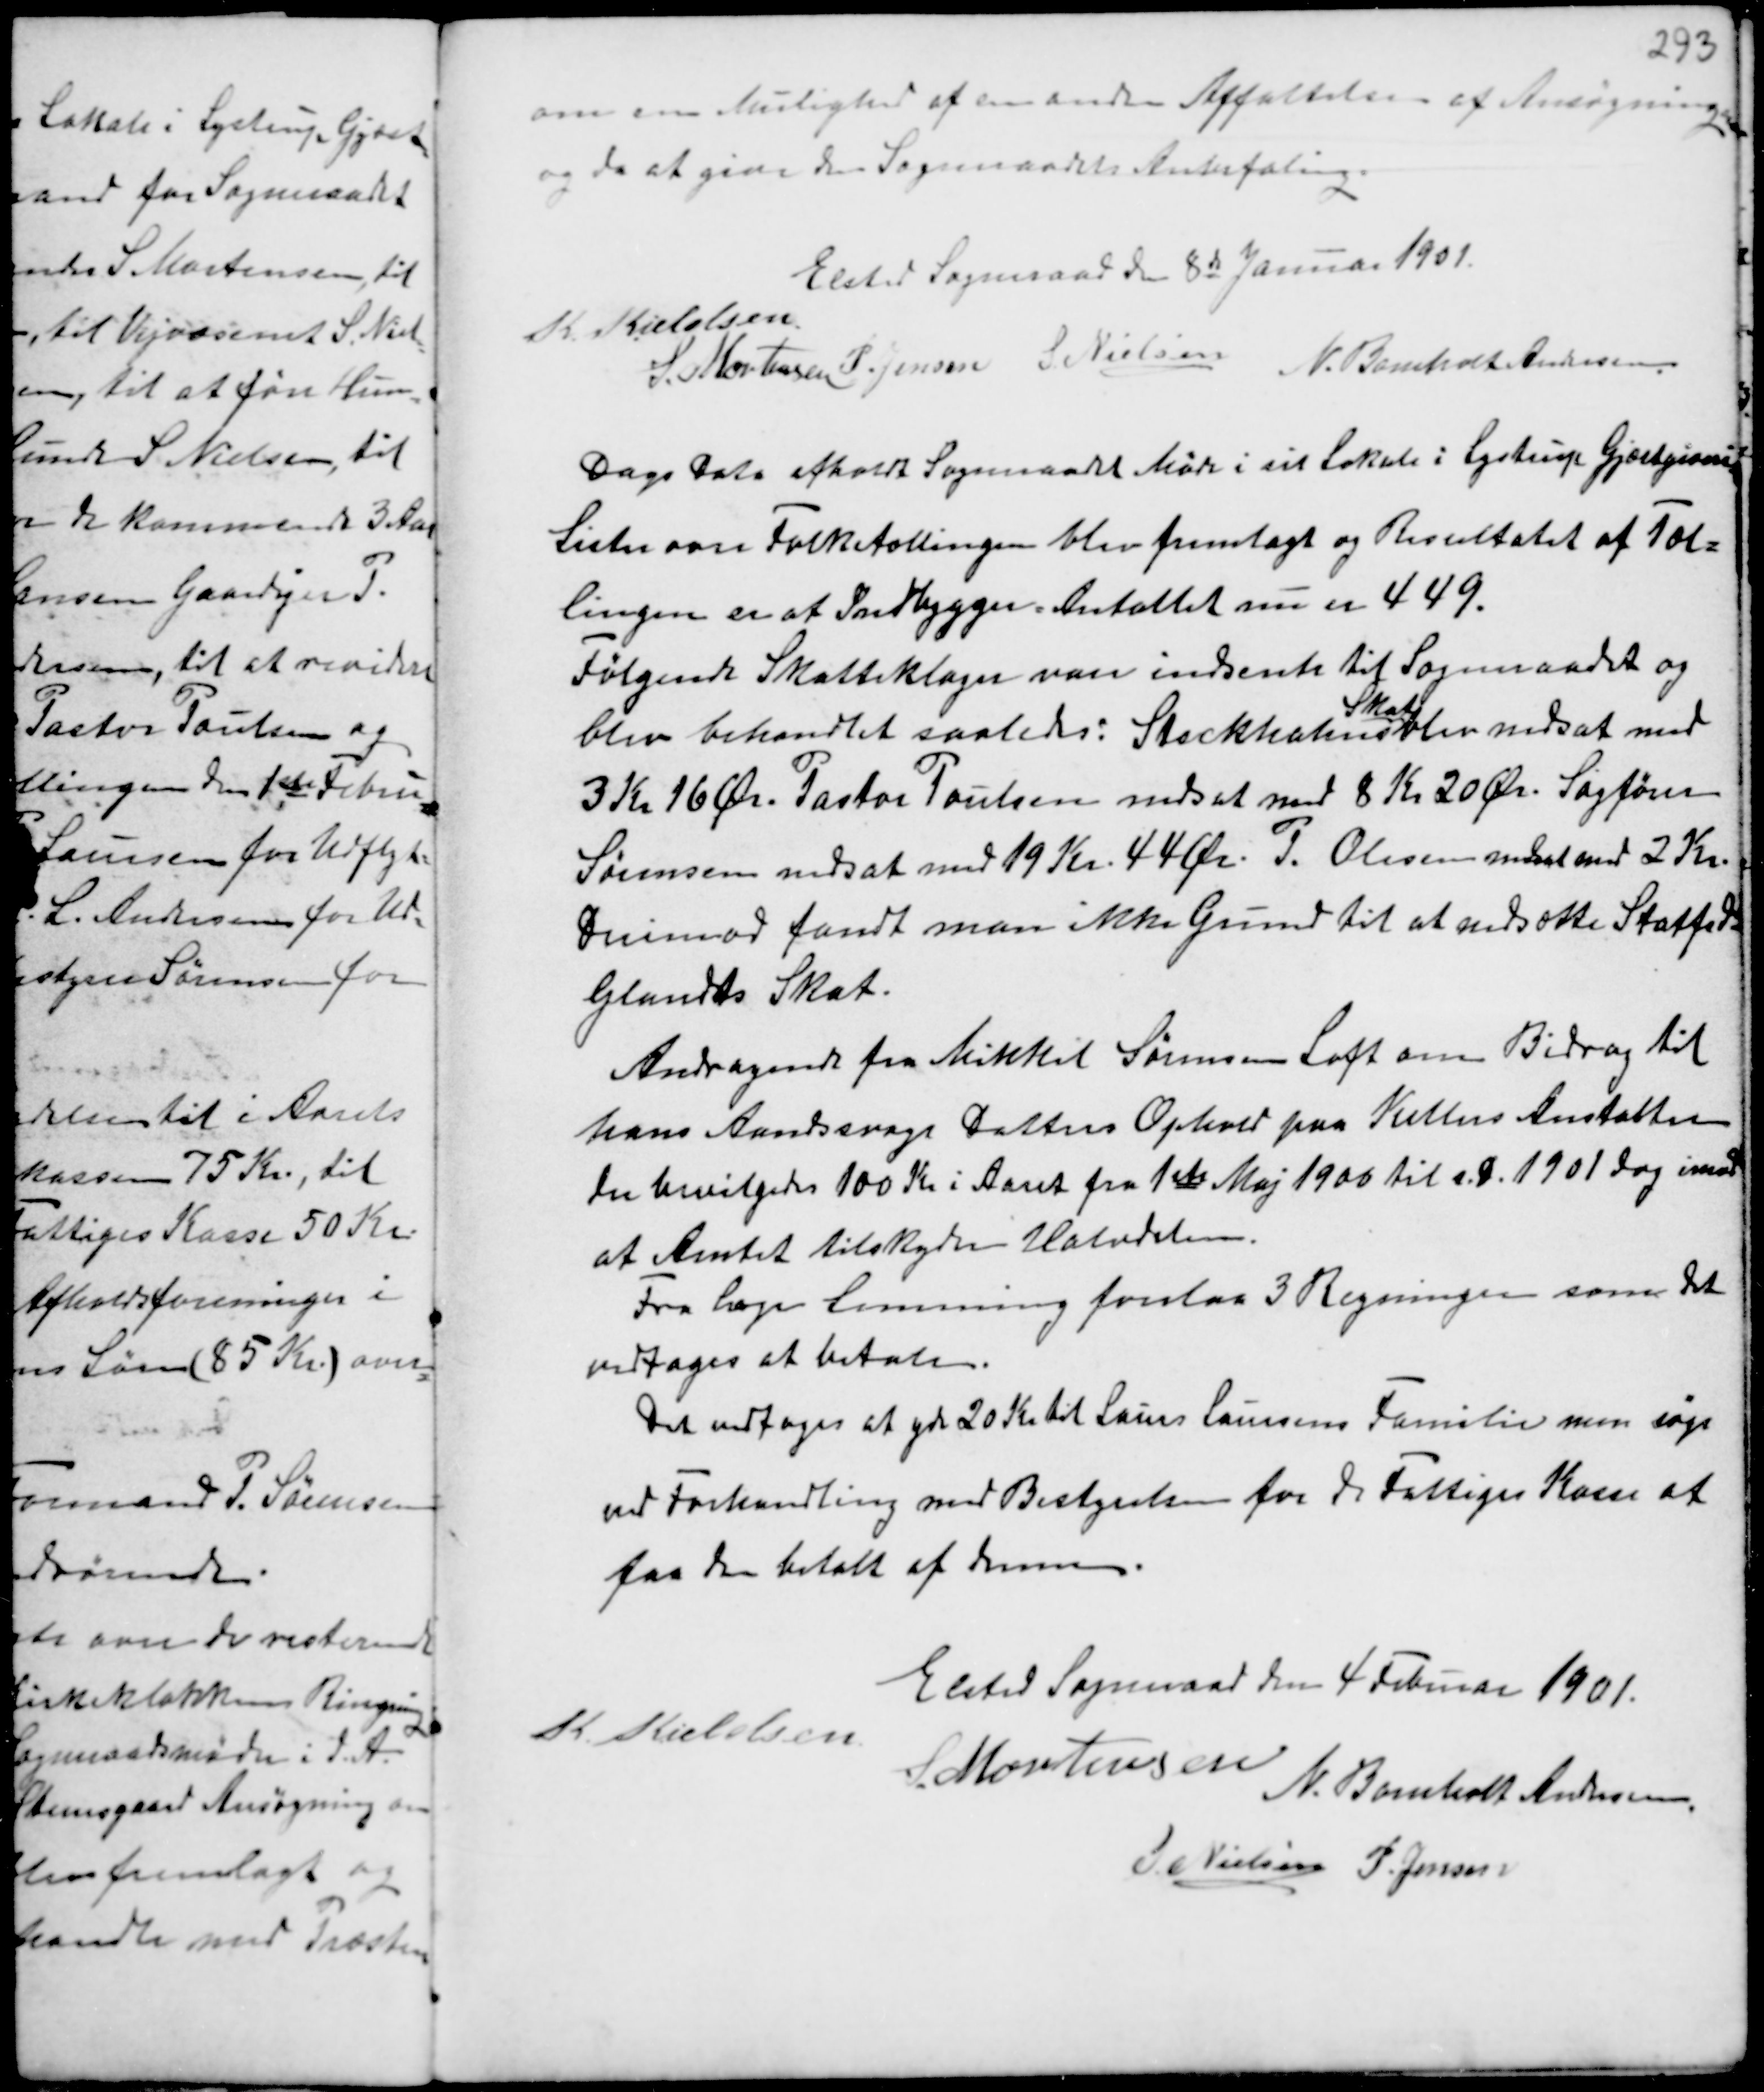
Transskription:
om en Mulighed af en anden Affattelse af Ansøgningen
og da at give den Sogneraadets Anbefaling.

Elsted Sogneraad den 8de Januar 1901.
K. Kieldsen
S. Mortensen P. Jensen S. Nielsen N. Bomholt Andersen

Dags Dato afholdt Sogneraadet Møde i sit Lokale i Lystrup Gjæstgiveri
Lister over Folketællingen blev fremlagt og Resultatet af Tæl-
lingen er at Indbygger Antallet nu er 449.
Følgende Skatteklager vare indsente til Sogneraadet og
blev behandlet saaledes: Stockholms
Skat
blev nedsat med
3 Kr 16 Øre. Pastor Poulsen nedsat med 8 Kr 20 Øre. Sagfører
Sørensen nedsat med 19 Kr. 44 Ør. P. Olesen nedsat med 2 Kr.
Derimod fandt man ikke Grund til at nedsætte Statfod
Glandts Skat.
Andragende fra Mikkel Sørensen Loft om Bidrag til
hans Aandsvage Datters Ophold paa Kellers Anstalter
der bevilgedes 100 Kr i Aaret fra 1ste Maj 1900 til s.D. 1901 dog imod
at Amtet tilbyder Halvdelen.
Fra Læge Lemming forelaa 3 Regninger som det
vedtoges at betale.
Det vedtoges at yde 20 Kr til Laurs Laursens Familie men søge
ved Forhandling med Bestyrelsen for de Fattiges Kasse at
faa dem betalt af denne.

Elsted Sognerad den 4 Februar 1901.
K. Kieldsen
S. Mortensen N. Bomholt Andersen
S. Nielsen P. Jensen